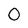
Character: 0